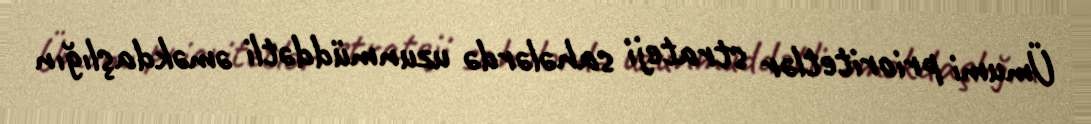
Ümumi prioritetlər strateji sahələrdə uzunmüddətli əməkdaşlığın